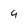
Character: q